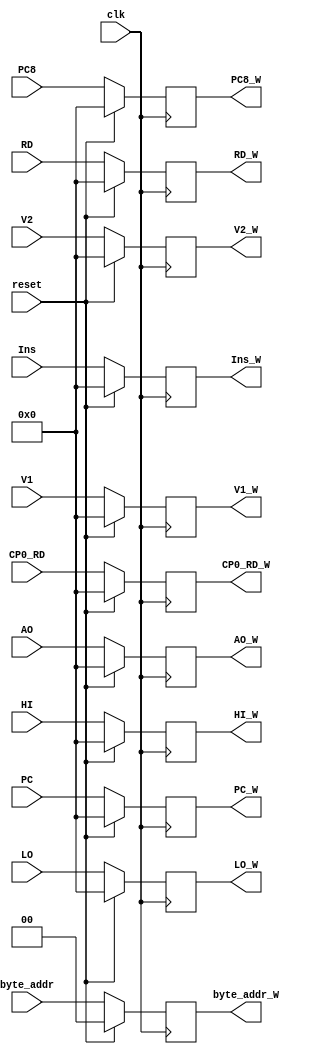
// This program was cloned from: https://github.com/SilenceX12138/MIPS-Microsystems
// License: MIT License

`timescale 1ns / 1ps

module WReg(clk,reset,Ins,V1,V2,AO,byte_addr,RD,HI,LO,PC,PC8,CP0_RD,Ins_W,V1_W,V2_W,AO_W,byte_addr_W,RD_W,HI_W,LO_W,PC_W,PC8_W,CP0_RD_W);
//interface
    input clk;
    input reset;

    input [31:0] Ins;
	input [31:0] V1;
	input [31:0] V2;
    input [31:0] AO;
	input [1:0] byte_addr;
    input [31:0] RD;
	input [31:0] HI;
	input [31:0] LO;

    input [31:0] PC;
    input [31:0] PC8;

    input [31:0] CP0_RD;
    
    output reg [31:0] Ins_W;
	output reg [31:0] V1_W;
	output reg [31:0] V2_W;
    output reg [31:0] AO_W;
	output reg [1:0] byte_addr_W;
    output reg [31:0] RD_W;
	output reg [31:0] HI_W;
	output reg [31:0] LO_W;

    output reg [31:0] PC_W;
    output reg [31:0] PC8_W;

    output reg [31:0] CP0_RD_W;
    
//sequential logic
    /*
	initial
		begin
			Ins_W=0;
			V1_W=0;
			V2_W=0;
            AO_W=0;
			byte_addr_W=0;
			RD_W=0;
			HI_W=0;
			LO_W=0;
			PC_W=0;
			PC8_W=0;
            CP0_RD_W=0;
		end
	*/
    
    always @(posedge clk)
        begin
            if(reset)
                begin
                    Ins_W<=0;
					V1_W<=0;
					V2_W<=0;
                    AO_W<=0;
					byte_addr_W<=0;
                    RD_W<=0;
					HI_W<=0;
					LO_W<=0;
                    PC_W<=0;
                    PC8_W<=0;
                    CP0_RD_W<=0;
                end
            else
                begin
                    Ins_W<=Ins;
					V1_W<=V1;
					V2_W<=V2;
                    AO_W<=AO;
					byte_addr_W<=byte_addr;
                    RD_W<=RD;
					HI_W<=HI;
					LO_W<=LO;
                    PC_W<=PC;
                    PC8_W<=PC8;
                    CP0_RD_W<=CP0_RD;
                end
        end

endmodule